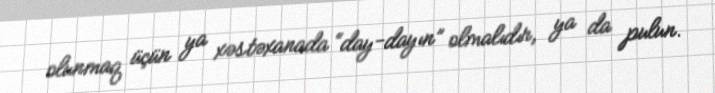
olunmaq üçün ya xəstəxanada “day-dayın” olmalıdır, ya da pulun.